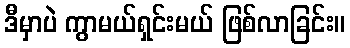
ဒီမှာပဲ ကွာမယ်ရှင်းမယ် ဖြစ်လာခြင်း။